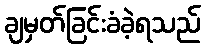
ချမှတ်ခြင်းခံခဲ့ရသည်